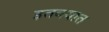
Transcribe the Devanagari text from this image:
इतक्‍यात